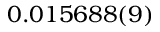
0 . 0 1 5 6 8 8 ( 9 )